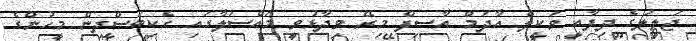
ޖަލީލުގެ ދިފާއީ ވަކީލް އާދަމް އާސިފް މިރޭ ވިދާޅުވީ މައްސަލާގައި ހެކިބަސްދިން މީހުންގެ